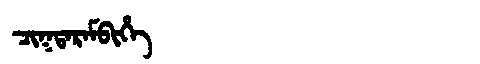
Manchu: ᠴᡳᡴᡨᠠᡵᠠᠮᠪᡳᡥᡝ
Romanization: CIKTARAMBIHE